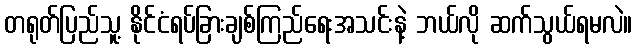
တရုတ်ပြည်သူ့ နိုင်ငံရပ်ခြားချစ်ကြည်ရေးအသင်းနဲ့ ဘယ်လို ဆက်သွယ်ရမလဲ။